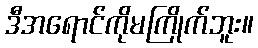
ဒီအရောင်ကိုမကြိုက်ဘူး။